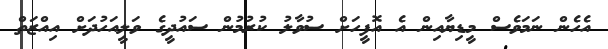
އެހެން ނަމަވެސް މީޑިޔާއިން އެ އޮފީހަށް ސުވާލު ކުރުމުން ސައުދީގެ ވަލީއަހުދަށް އިއްޒަތް